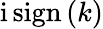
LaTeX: \mathrm{i}\, \mathrm{sign}\left(k\right)